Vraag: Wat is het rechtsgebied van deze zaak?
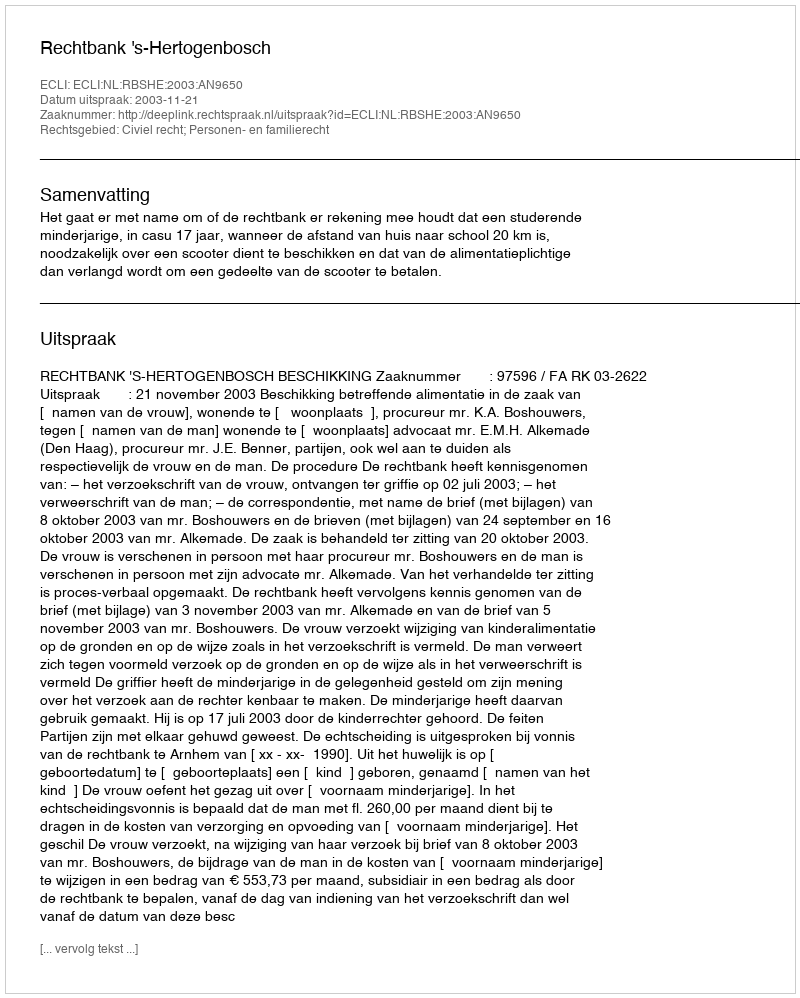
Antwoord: Civiel recht; Personen- en familierecht